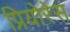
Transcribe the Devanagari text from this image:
प्रियोरेस